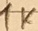
Text: 1K